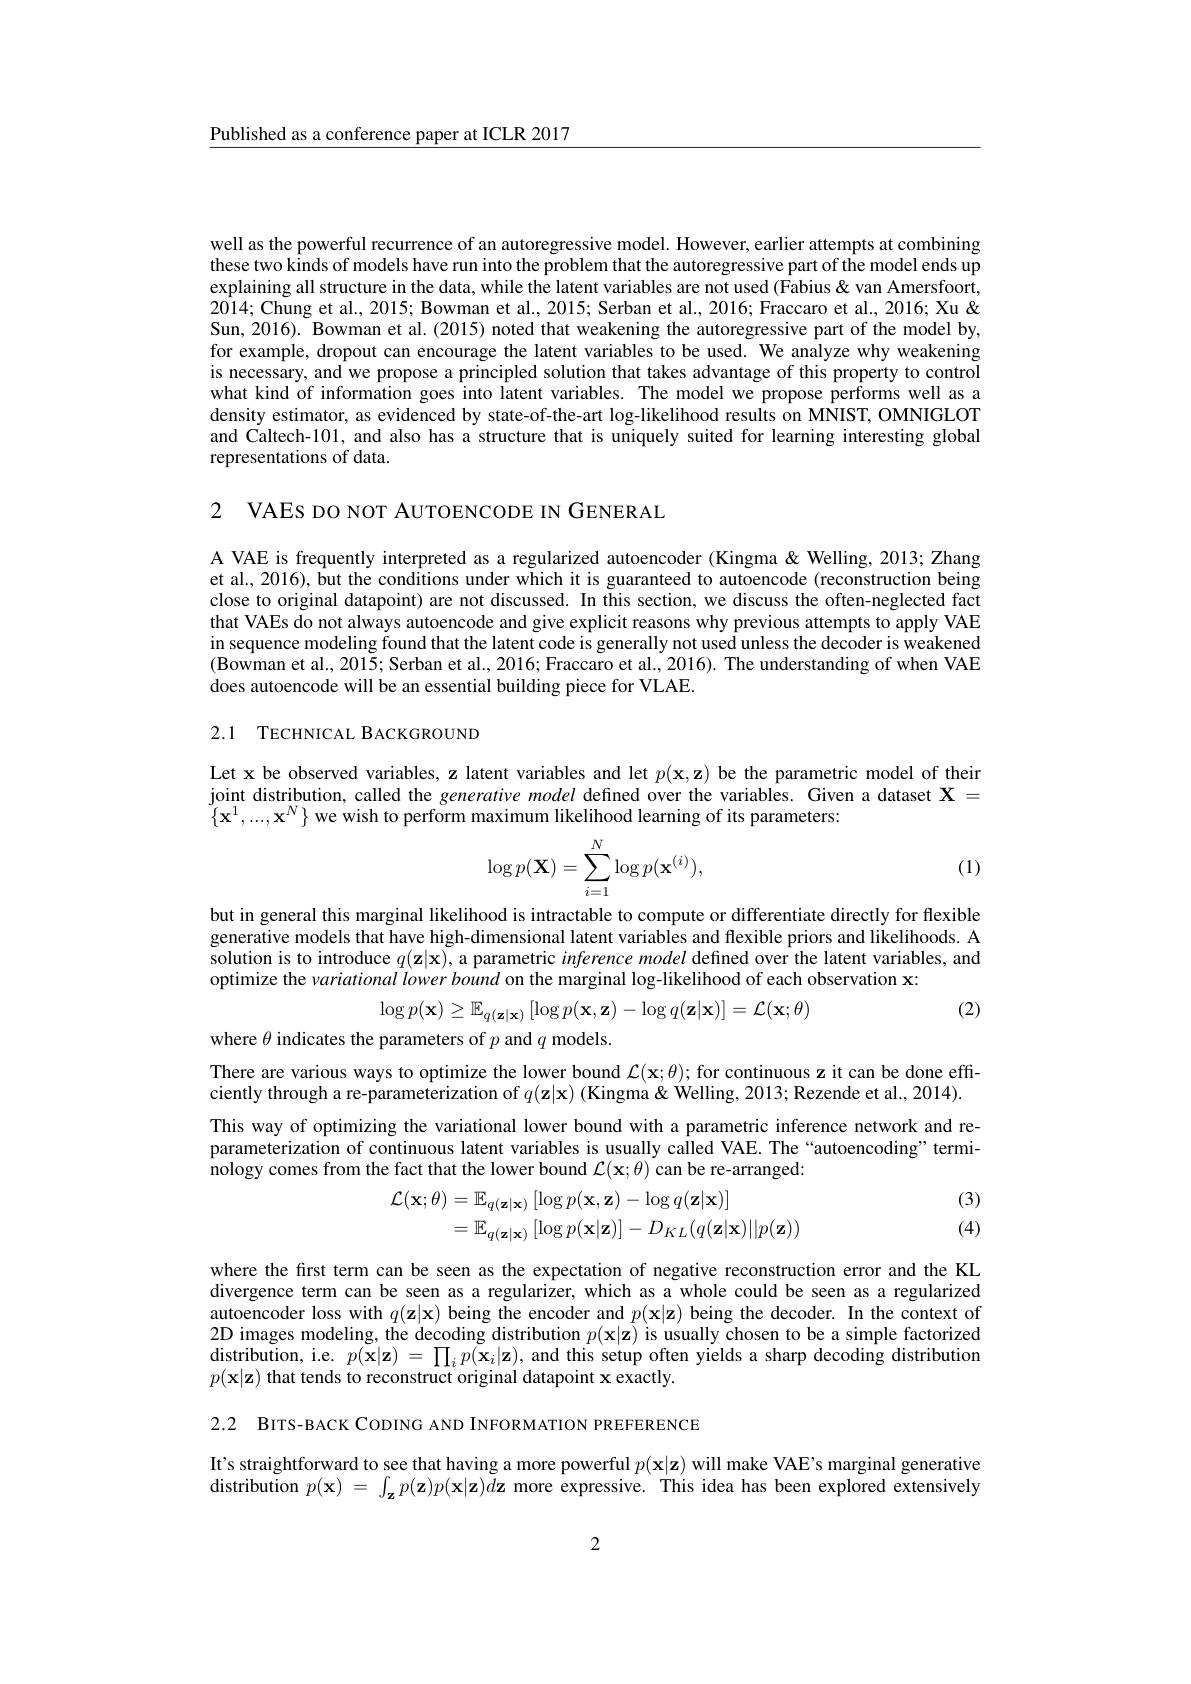
$\underline{\text{Published as a conference paper at ICLR 2017}}$

well as the powerful recurrence of an autoregressive model. However, earlier attempts at combining these two kinds of models have run into the problem that the autoregressive part of the model ends up explaining all structure in the data, while the latent variables are not used (Fabius& van Amersfoort, 2014; Chung et al., 2015; Bowman et al., 2015; Serban et al., 2016; Fraccaro et al., 2016; Xu & Sun, 2016). Bowman et al.(2015) noted that weakening the autoregressive part of the model by, for example, dropout can encourage the latent variables to be used. We analyze why weakening is necessary, and we propose a principled solution that takes advantage of this property to control what kind of information goes into latent variables. The model we propose performs well as a density estimator, as evidenced by state-of-the-art log-likelihood results on MNIST, OMNIGLOT and Caltech-101, and also has a structure that is uniquely suited for learning interesting global representations of data.

2 VAEs DO NOT AUTOENCODE IN GENERAL

A VAE is frequently interpreted as a regularized autoencoder (Kingma &Welling, 2013; Zhang et al., 2016), but the conditions under which it is guaranteed to autoencode (reconstruction being close to original datapoint) are not discussed. In this section, we discuss the often-neglected fact that VAEs do not always autoencode and give explicit reasons why previous attempts to apply VAE in sequence modeling found that the latent code is generally not used unless the decoder is weakened (Bowman et al., 2015; Serban et al., 2016; Fraccaro et al., 2016). The understanding of when VAE does autoencode will be an essential building piece for VLAE.

## 2.1 TECHNICAL BACKGROUND

Let x be observed variables, z latent variables and let $p(\mathbf{x},\mathbf{z})$ be the parametric model of their joint distribution, called the generative model defined over the variables. Given a dataset $\mathbf{X}=$ $\{\mathbf{x}^{1},...,\mathbf{x}^{N}\}$ we wish to perform maximum likelihood learning of its parameters:

(1)
$$\log p(\mathbf{X})=\sum_{i=1}^N\log p(\mathbf{x}^{(i)}),$$
but in general this marginal likelihood is intractable to compute or differentiate directly for flexible generative models that have high-dimensional latent variables and flexible priors and likelihoods. A solution is to introduce $q(\mathbf{z}|\mathbf{x})$, a parametric inferencemodel defined over the latent variables, and optimize the variational lower bound on the marginal log-likelihood of each observation x:

(2)
$$\log p(\mathbf{x})\geq\mathbb{E}_{q(\mathbf{z}|\mathbf{x})}\left[\log p(\mathbf{x},\mathbf{z})-\log q(\mathbf{z}|\mathbf{x})\right]=\mathcal{L}(\mathbf{x};\theta)$$
where $\theta$ indicates the parameters of $p$ and $q$ models.

There are various ways to optimize the lower bound $\mathcal{L}(\mathbf{x};\theta);$ for continuous z it can be done efficiently through a re-parameterization of $q(\mathbf{z}|\mathbf{x})$ (Kingma &Welling, 2013; Rezende et al., 2014). This way of optimizing the variational lower bound with a parametric inference network and reparameterization of continuous latent variables is usually called VAE. The “autoencoding” termi- ${\mathrm{nology~comes~from~the~fact~that~the~lower~bound~}\mathcal{L}(\mathbf{x};\theta)}$can be re-arranged:

(3) (4)
$$\begin{aligned}\mathcal{L}(\mathbf{x};\theta)&=\mathbb{E}_{q(\mathbf{z}|\mathbf{x})}\left[\log p(\mathbf{x},\mathbf{z})-\log q(\mathbf{z}|\mathbf{x})\right]\\&=\mathbb{E}_{q(\mathbf{z}|\mathbf{x})}\left[\log p(\mathbf{x}|\mathbf{z})\right]-D_{KL}(q(\mathbf{z}|\mathbf{x})||p(\mathbf{z}))\end{aligned}$$
where the first term can be seen as the expectation of negative reconstruction error and the KL divergence term can be seen as a regularizer, which as a whole could be seen as a regularized autoencoder loss with $q(\mathbf{z}|\mathbf{x})$ being the encoder and $p(\mathbf{x}|\mathbf{z})$ being the decoder. In the context of 2D images modeling, the decoding distribution $p(\mathbf{x}|\mathbf{z})$ is usually chosen to be a simple factorized distribution, i.e. $p(\mathbf{x}|\mathbf{z})=\prod_{i}p(\mathbf{x}_{i}|\mathbf{z})$, and this setup often yields a sharp decoding distribution $p(\mathbf{x}|\mathbf{z})$ that tends to reconstruct original datapoint x exactly.

2.2 BITS-BACK CODING AND INFORMATION PREFERENCE

If's straightforward to see that having a more powerful $p(\mathbf{x}|\mathbf{z})$ will make VAE's marginal generative distribution $p( \mathbf{x} )$ = $\int _{\mathbf{z} }p( \mathbf{z} ) p( \mathbf{x} | \mathbf{z} ) \tilde {d\mathbf{z} }$ more expressive. This idea has been explored extensively

2